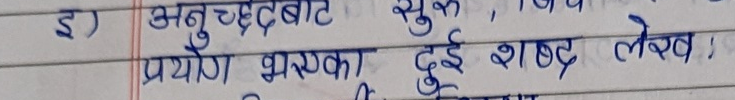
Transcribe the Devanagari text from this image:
इ) अनुच्छेदबाट सुक, विषय प्रयोग भएका दुई शब्द लेख :